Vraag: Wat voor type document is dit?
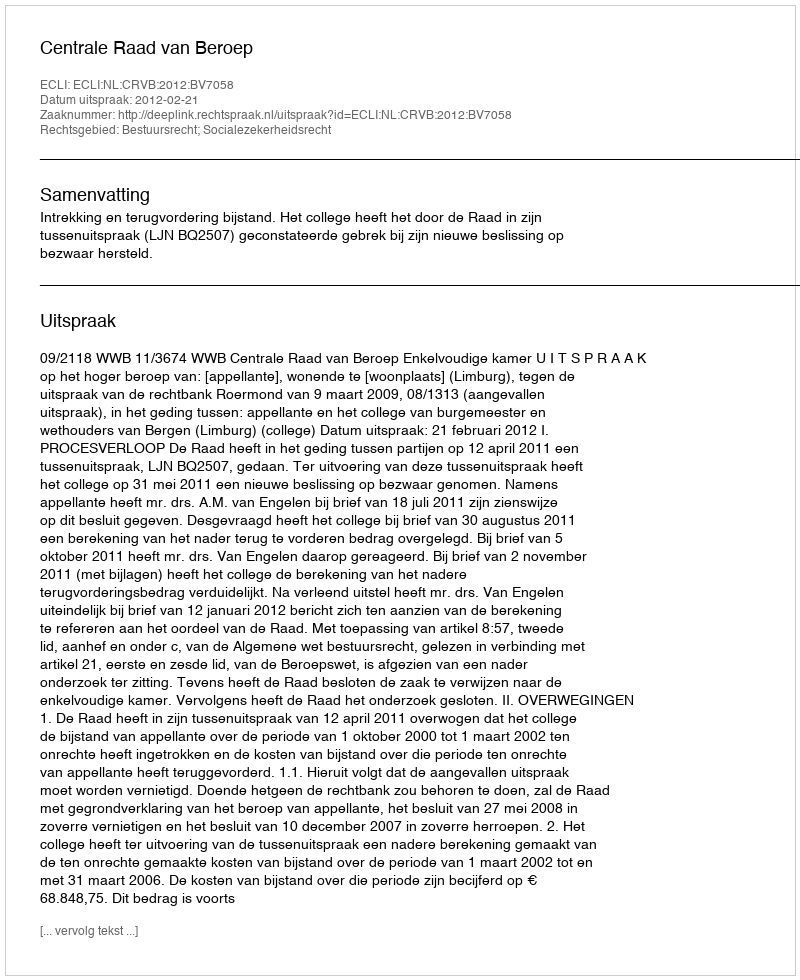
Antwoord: Uitspraak